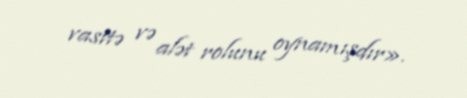
vasitə və alət rolunu oynamışdır».